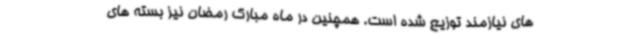
های نیازمند توزیع شده است. همچنین در ماه مبارک رمضان نیز بسته های